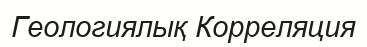
Геологиялық Корреляция